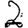
Digit: 2